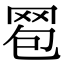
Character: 𦊠